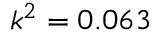
k ^ { 2 } = 0 . 0 6 3